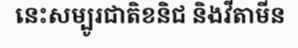
នេះសម្បូរជាតិខនិជ និងវីតាមីន